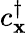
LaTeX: c_{\mathbf{x}}^{\dagger}